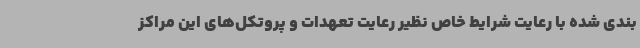
بندی شده با رعایت شرایط خاص نظیر رعایت تعهدات و پروتکل‌های این مراکز